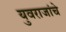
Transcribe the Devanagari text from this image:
युवराजांचे